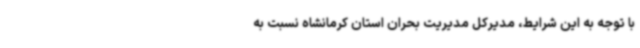
با توجه به این شرایط، مدیرکل مدیریت بحران استان کرمانشاه نسبت به